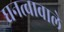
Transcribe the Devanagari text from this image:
घनत्वावाले